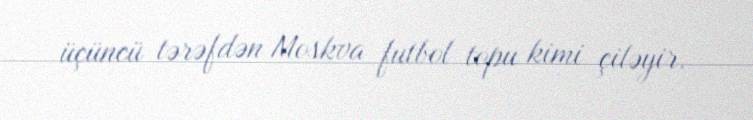
üçüncü tərəfdən Moskva futbol topu kimi çiləyir.